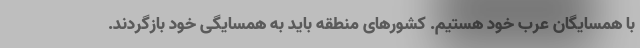
با همسایگان عرب خود هستیم. کشورهای منطقه باید به همسایگی خود بازگردند.